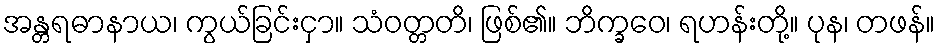
အန္တရဓာနာယ၊ ကွယ်ခြင်းငှာ။ သံဝတ္တတိ၊ ဖြစ်၏။ ဘိက္ခဝေ၊ ရဟန်းတို့။ ပုန၊ တဖန်။